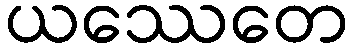
ယဿေတေ